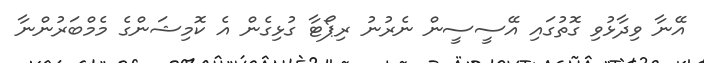
އޭނާ ވިދާޅުވި ގޮތުގައި އޭސީސީން ނެރުނު ރިޕޯޓާ ގުޅިގެން އެ ކޮމިޝަންގެ މެމްބަރުންނާ